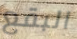
البقع